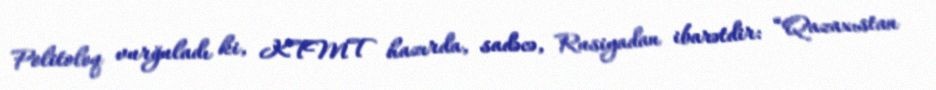
Politoloq vurğuladı ki, KTMT hazırda, sadəcə, Rusiyadan ibarətdir: “Qazaxıstan